First report of the anti-malarial operations at Mian Mir, 1901-1903 - Number 6
Year: 1901
Disease focus: Malaria
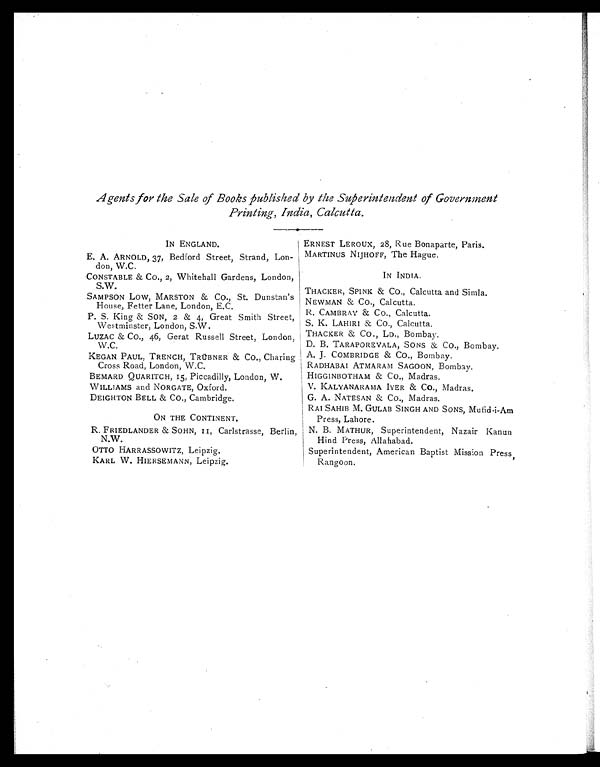
Agents for the Sale of Books published by the Superintendent of Government
Printing, India, Calcutta.
IN ENGLAND.
E. A. ARNOLD, 37, Bedford Street, Strand, Lon-
don, W.C.
CONSTABLE & CO., 2, Whitehall Gardens, London,
S.W.
SAMPSON Low, MARSTON & Co., St. Dunstan's
House, Fetter Lane, London, E.C.
P. S. King & SON, 2 & 4, Great Smith Street,
Westminster, London, S.W.
LUZAC & CO., 46, Gerat Russell Street, London,
W.C.
KEGAN PAUL, TRENCH, TRÜBNER & CO., Charing
Cross Road, London, W.C.
BEMARD QUARITCH, 15, Piccadilly, London, W .
WILLIAMS and NORGATE, Oxford.
DEIGHTON BELL & CO., Cambridge.
ON THE CONTINENT.
R. FRIEDLANDER & SOHN, 11, Carlstrasse, Berlin,
N.W.
OTTO HARRASSOWITZ, Leipzig.
KARL W. HIERSEMANN, Leipzig.
ERNEST LEROUX, 28, Rue Bonaparte, Paris.
MARTINUS NIJHOFF, The Hague.
IN INDIA.
THACKER, SPINK & CO., Calcutta and Simla.
NEWMAN & CO., Calcutta.
N. CAMBRAY & Co., Calcutta.
S. K. LAHIRI & Co., Calcutta.
THACKER & CO., LD., Bombay.
D. B. TARAPOREVALA, SONS & CO., Bombay.
A. J. COMBRIDGE & CO., Bombay.
RADHABAI ATMARAM SAGOON, Bombay.
HIGGINBOTHAM & CO., Madras.
V. KALYANARAMA IYER & Co., Madras.
G. A. NATESAN & CO., Madras.
RAI SAHIB M. GULAB SINGH AND SONS, Mufid-i-Am
Press, Lahore.
N. B. MATHUR, Superintendent, Nazair Kanun
Hind Press, Allahabad.
Superintendent, American Baptist Mission Press,
Rangoon.